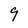
Character: 9